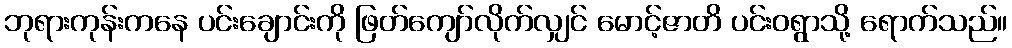
ဘုရားကုန်းကနေ ပင်းချောင်းကို ဖြတ်ကျော်လိုက်လျှင် မောင့်ဇာတိ ပင်းဝရွာသို့ ရောက်သည်။